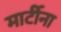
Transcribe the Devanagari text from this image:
मार्टीना